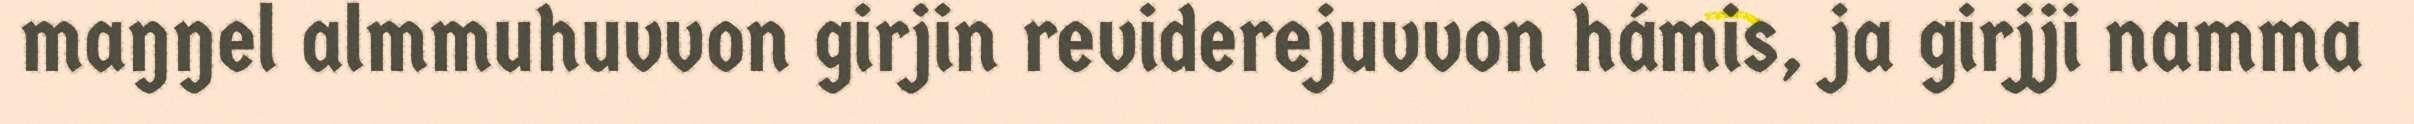
maŋŋel almmuhuvvon girjin reviderejuvvon hámis, ja girjji namma